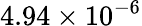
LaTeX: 4.94\times 10^{-6}